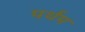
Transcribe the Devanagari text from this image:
पर्थम